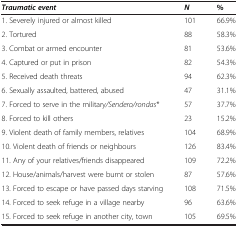
<table><thead><tr><td><b><i>Traumatic event</i></b></td><td><b><i>N</i></b></td><td><b>%</b></td></tr></thead><tbody><tr><td>1. Severely injured or almost killed</td><td>101</td><td>66.9%</td></tr><tr><td>2. Tortured</td><td>88</td><td>58.3%</td></tr><tr><td>3. Combat or armed encounter</td><td>81</td><td>53.6%</td></tr><tr><td>4. Captured or put in prison</td><td>82</td><td>54.3%</td></tr><tr><td>5. Received death threats</td><td>94</td><td>62.3%</td></tr><tr><td>6. Sexually assaulted, battered, abused</td><td>47</td><td>31.1%</td></tr><tr><td>7. Forced to serve in the military<i>/Sendero/rondas</i>*</td><td>57</td><td>37.7%</td></tr><tr><td>8. Forced to kill others</td><td>23</td><td>15.2%</td></tr><tr><td>9. Violent death of family members, relatives</td><td>104</td><td>68.9%</td></tr><tr><td>10. Violent death of friends or neighbours</td><td>126</td><td>83.4%</td></tr><tr><td>11. Any of your relatives/friends disappeared</td><td>109</td><td>72.2%</td></tr><tr><td>12. House/animals/harvest were burnt or stolen</td><td>87</td><td>57.6%</td></tr><tr><td>13. Forced to escape or have passed days starving</td><td>108</td><td>71.5%</td></tr><tr><td>14. Forced to seek refuge in a village nearby</td><td>96</td><td>63.6%</td></tr><tr><td>15. Forced to seek refuge in another city, town</td><td>105</td><td>69.5%</td></tr></tbody></table>